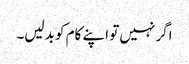
اگر نہیں تو اپنے کام کو بدلیں۔